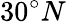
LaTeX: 30^{\circ}N